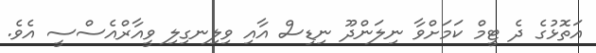
އަތޮޅުގެ ދެ ޓީމް ކަމަށްވާ ނިލަންދޫ ނިޑިސް އާއި ވިލިނގިލި ވީއާރްއެސްސީ އެވެ.